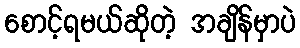
စောင့်ရမယ်ဆိုတဲ့ အချိန်မှာပဲ